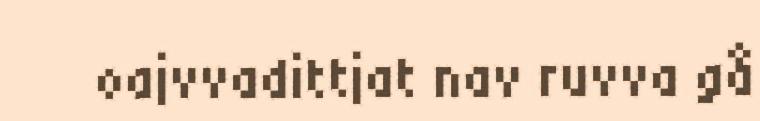
oajvvadittjat nav ruvva gå